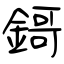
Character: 鎶